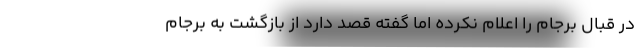
در قبال برجام را اعلام نکرده اما گفته قصد دارد از بازگشت به برجام